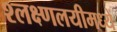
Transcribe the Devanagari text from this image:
श्लक्ष्णलयीमध्यें